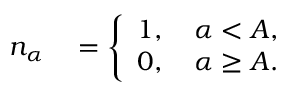
\begin{array} { r l } { n _ { \alpha } } & { { } = \left\{ \begin{array} { l l } { 1 , \quad \alpha < A , } \\ { 0 , \quad \alpha \ge A . } \end{array} \right. } \end{array}